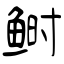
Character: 鲥